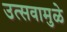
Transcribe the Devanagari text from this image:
उत्सवामुळे